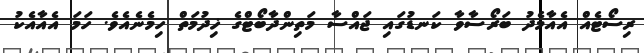
ރިސޯޓެއް އެއާމެދު ބަރޯސާވާ ކަނޑުގައި ޖައްސާ މަތިންދާބޯޓްގެ ޚިދުމަތް ހިމެނެއެވެ. ހަމަ އެއާއެކު